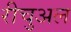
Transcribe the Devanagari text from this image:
रीचुअल